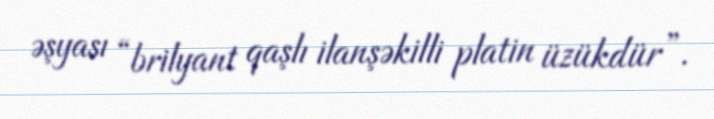
əşyası “brilyant qaşlı ilanşəkilli platin üzükdür”.